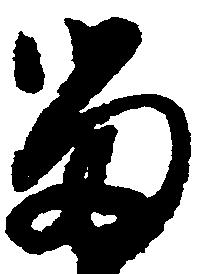
留